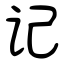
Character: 记